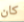
كان